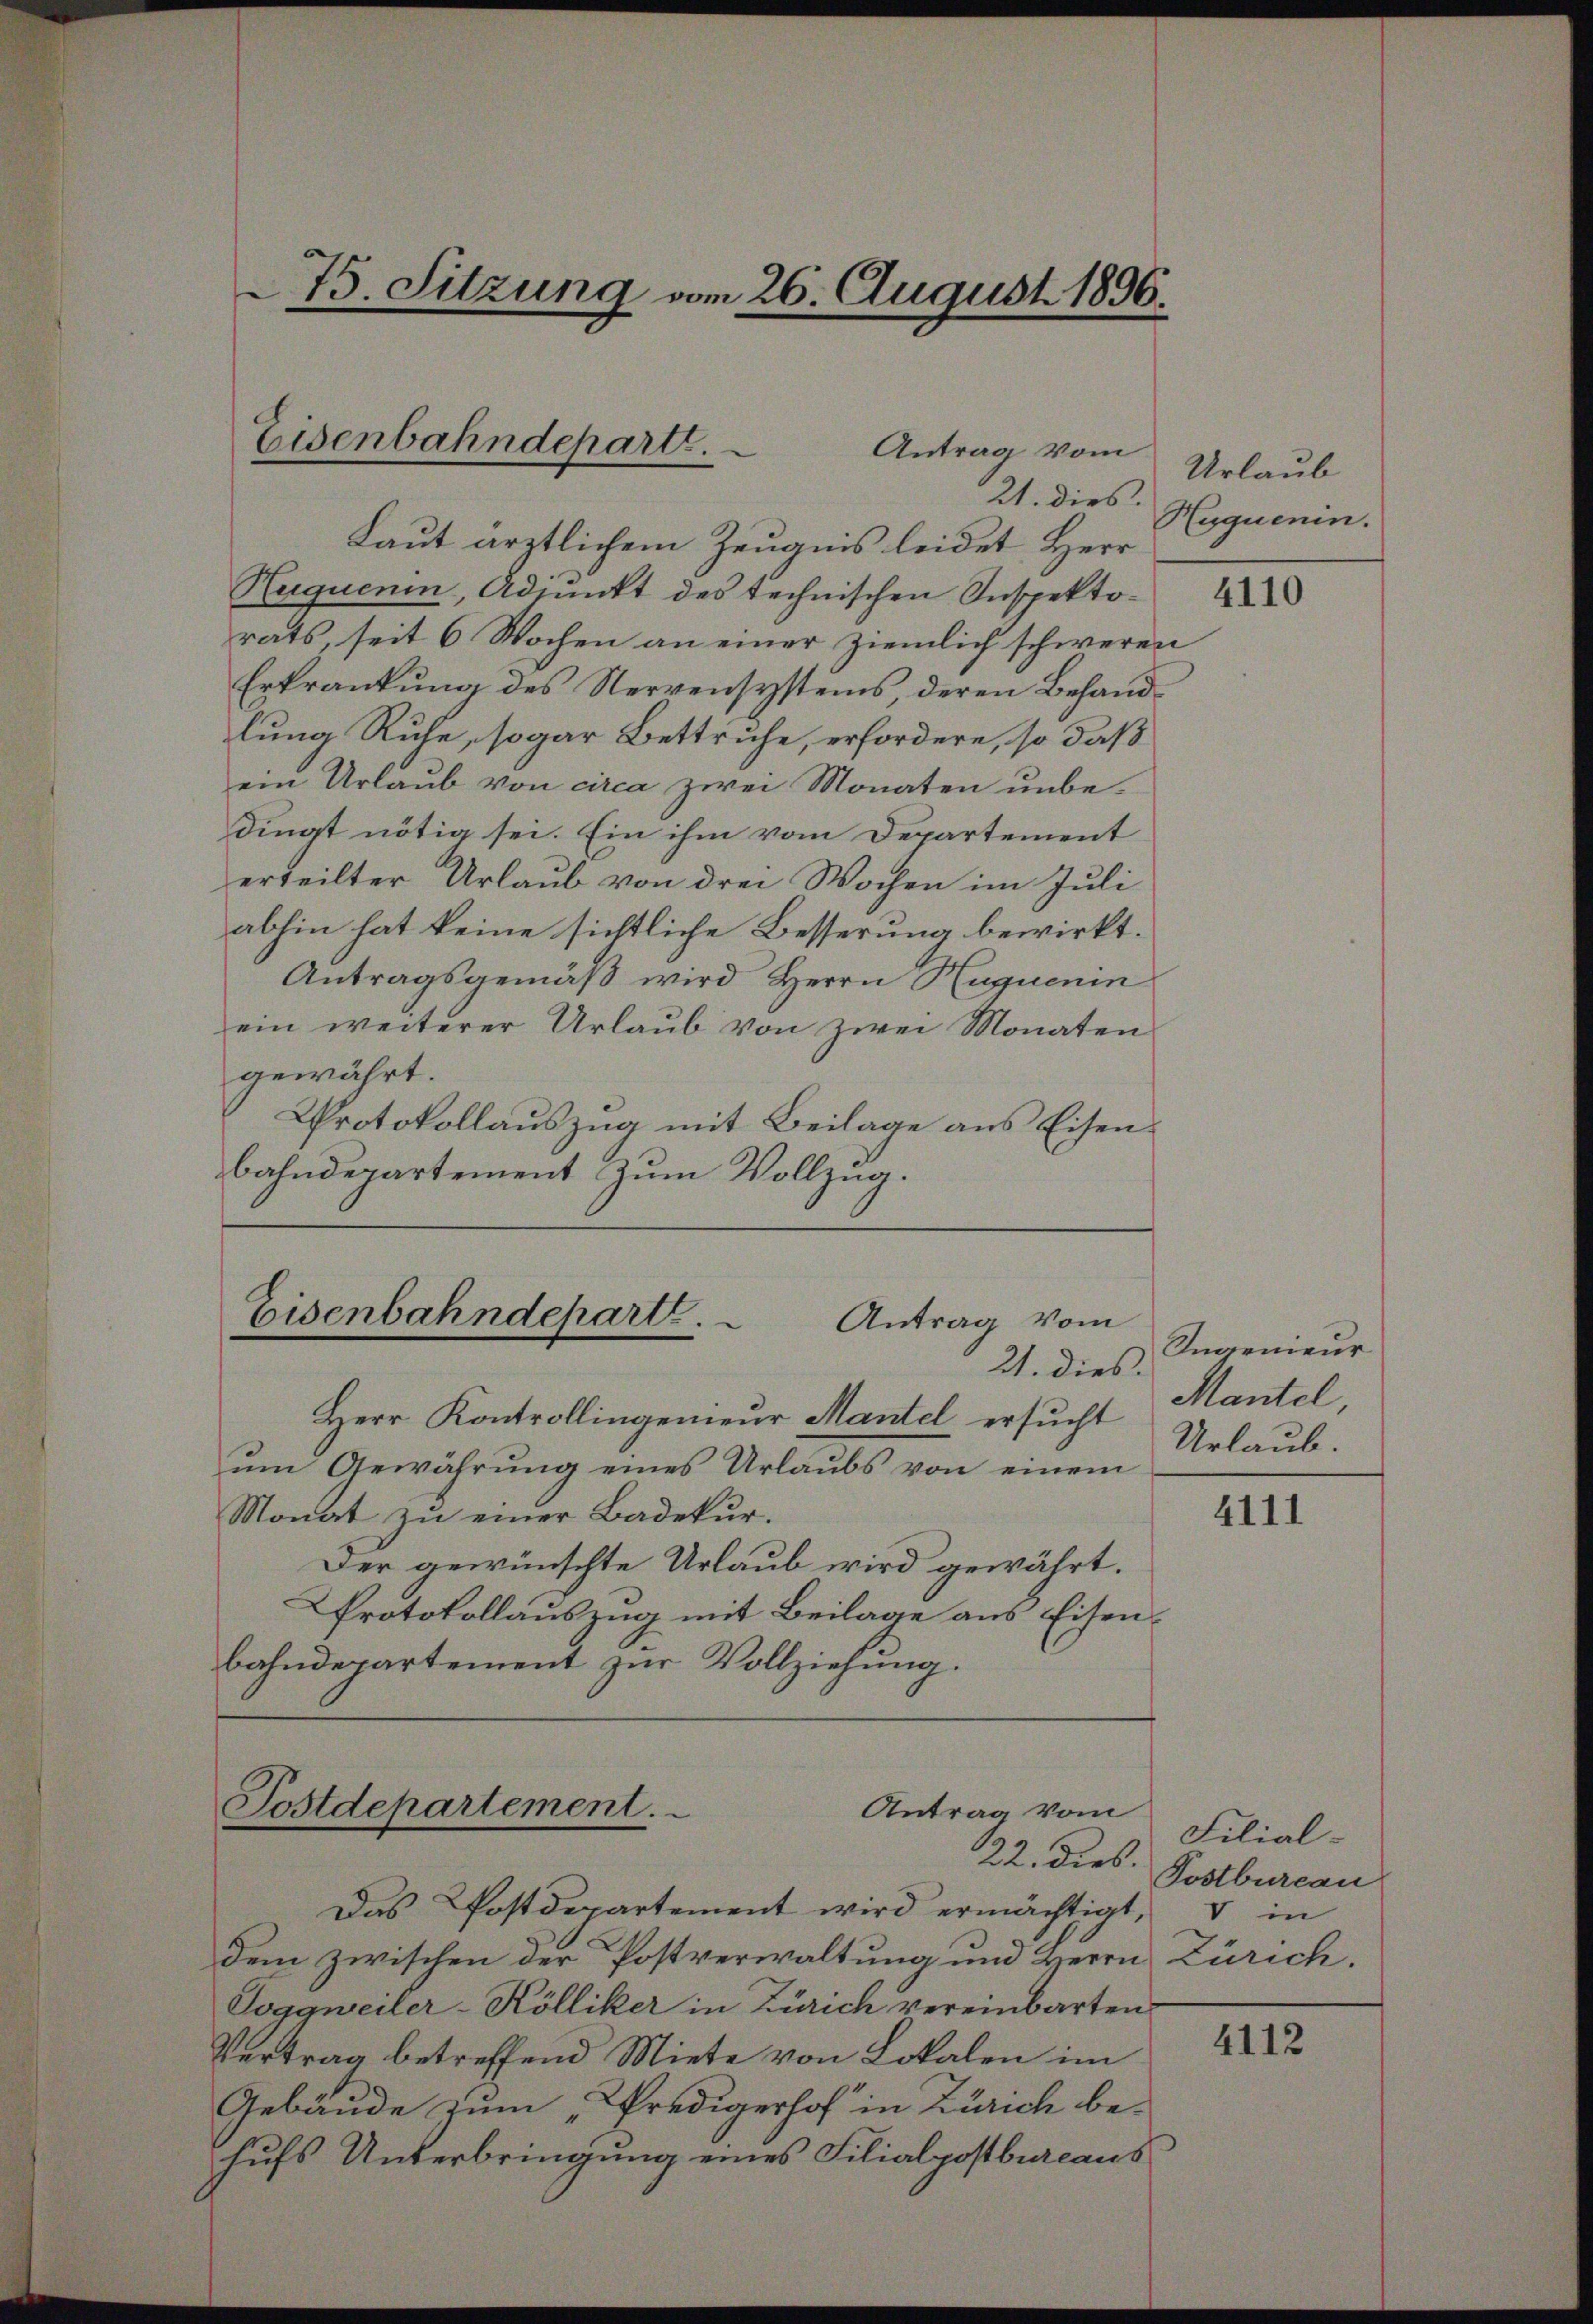
75. Sitzung vom 26. August 1896.

Eisenbahndepart.
Antrag vom
21. dies.

Laut ärztlichem Zeugnis leidet, Herr
Huquenin, Adjunkt des technischen Inspektorats, seit 6 Wochen an einer ziemlich schweren
Erkrankung des Nervensystems, deren Behandlung Ruhe, sogar Bettruhe, erfordere, so daß
ein Urlaub von circa zwei Monaten unbe-
dingt nötig sei. Ein ihm vom Departement
erteilter Urlaub von drei Wochen im Juli
abhin hat keine sichtliche Besserung bewirkt.
Antragsgemäß wird Herrn Huguenin
ein weiterer Urlaub von zwei Monaten
gewährt.
Protokollauszug mit Beilage aus Eisenbahndepartement zum Vollzug.

Eisenbahndepart.
Antrag vom

21. dies
Herr Kontrollingenieur Mantel ersucht
um Gewährung eines Urlaubs von einem
Monat zu einer Badekur.
Der gewünschte Urlaub wird gewährt.
Protokollauszug mit Beilage aus Eisenbahndepartement zur Vollziehung.

Postdepartement.
Antrag vom

Das Postdepartement wird ermächtigt,
dem zwischen der Postverwaltung und Herrn Zürich.
Toggweiler-Kölliker in Zürich vereinbarten
Vertrag betreffend Miete von Lokalen im
Gebäude zum „Predigerhof in Zürich be-
hufs Unterbringung eines Filialpostbureaus

Urlaub
Huquenin.

4110

Ingenieur
Mantel,
Urlaub.

4111

Filial-
22. dies Postbureau
V in

4112